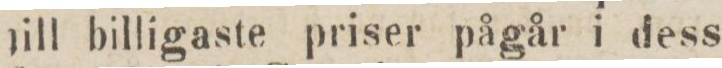
till billigaste priser pågår i dess